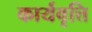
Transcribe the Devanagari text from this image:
कार्यवृत्ति